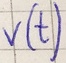
Text: v(t)